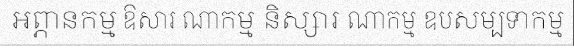
អព្ភានកម្ម ឱសារ ណាកម្ម និស្សារ ណាកម្ម ឧបសម្បទាកម្ម